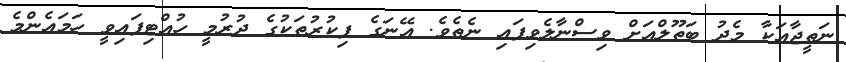
ނަތީޖާއަކާ މެދު ބަތޫލްއަށް ވިސްނާލެވިފައި ނެތެވެ. އޭނަގެ ފިކުރުތަކުގެ ދުރުމީ ހުއްޓިފައިވީ ހަމައެންމެ